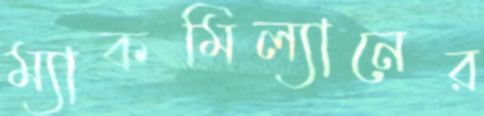
ম্যাকমিল্যানের